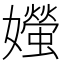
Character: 𪦱